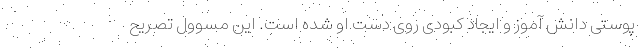
پوستی دانش آموز و ایجاد کبودی روی دست او شده است. این مسوول تصریح